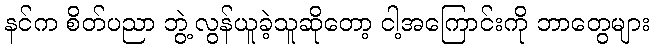
နင်က စိတ်ပညာ ဘွဲ့လွန်ယူခဲ့သူဆိုတော့ ငါ့အကြောင်းကို ဘာတွေများ